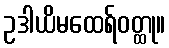
ဥဒါယိမထေရ်ဝတ္ထု။